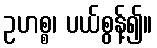
ဥဟစ္စ၊ ပယ်စွန့်၍။